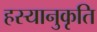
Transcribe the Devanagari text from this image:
हस्यानुकृति